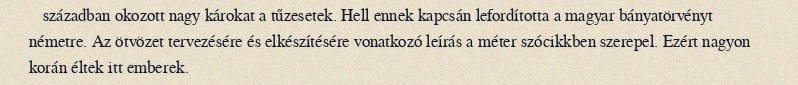
században okozott nagy károkat a tűzesetek. Hell ennek kapcsán lefordította a magyar bányatörvényt németre. Az ötvözet tervezésére és elkészítésére vonatkozó leírás a méter szócikkben szerepel. Ezért nagyon korán éltek itt emberek.